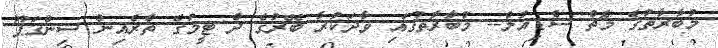
މުބާރާތުގެ މެޗް ސެޑިއުލް-- މުބާރާތުގައި ވާދަކުރާ ބޭރުގެ ދެ ޓީމުގެ ތެރެއިން ސިންގަޕޫ